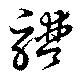
譜